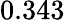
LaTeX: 0.343